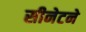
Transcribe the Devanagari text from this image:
सीनेटने